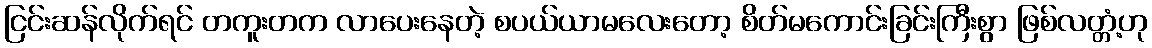
ငြင်းဆန်လိုက်ရင် တကူးတက လာပေးနေတဲ့ စပယ်ယာမလေးတော့ စိတ်မကောင်းခြင်းကြီးစွာ ဖြစ်လတ္တံ့ဟု